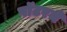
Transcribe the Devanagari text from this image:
पॉटरने